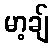
မာ့ချ်